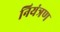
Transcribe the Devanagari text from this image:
नियंत्रण